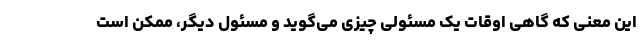
این معنی که گاهی اوقات یک مسئولی چیزی می‌گوید و مسئول دیگر، ممکن است